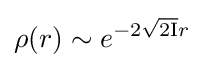
\rho (r)\sim e^{-2{\sqrt {2\mathrm {I} }}r}